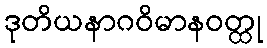
ဒုတိယနာဂဝိမာနဝတ္ထု